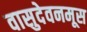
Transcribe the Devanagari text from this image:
वासुदेवनमूस